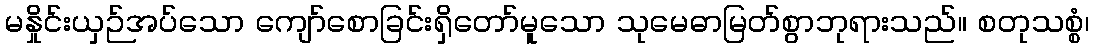
မနှိုင်းယှဉ်အပ်သော ကျော်စောခြင်းရှိတော်မူသော သုမေဓာမြတ်စွာဘုရားသည်။ စတုသစ္စံ၊